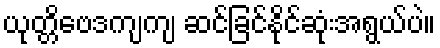
ယုတ္တိဗေဒကျကျ ဆင်ခြင်နိုင်ဆုံးအရွယ်ပဲ။